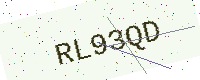
Text: RL93QD